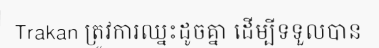
Trakan ត្រូវការឈ្នះដូចគ្នា ដើម្បីទទួលបាន